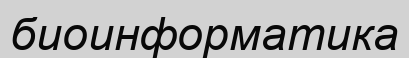
биоинформатика